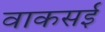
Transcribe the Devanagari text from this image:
वाकसई